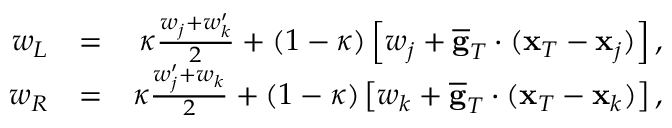
\begin{array} { r l r } { w _ { L } } & { = } & { \kappa \frac { w _ { j } + w _ { k } ^ { \prime } } { 2 } + ( 1 - \kappa ) \left[ w _ { j } + \overline { { \bf g } } _ { T } \cdot ( { \bf x } _ { T } - { \bf x } _ { j } ) \right] , } \\ { w _ { R } } & { = } & { \kappa \frac { w _ { j } ^ { \prime } + w _ { k } } { 2 } + ( 1 - \kappa ) \left[ w _ { k } + \overline { { \bf g } } _ { T } \cdot ( { \bf x } _ { T } - { \bf x } _ { k } ) \right] , } \end{array}